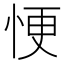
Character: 𢙾